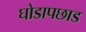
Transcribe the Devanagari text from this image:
घोडापछाड